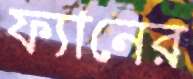
ফ্যানের